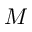
M